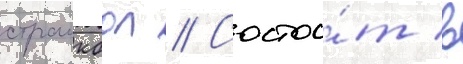
страикбол // Состои́т в